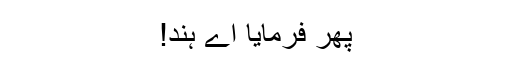
پھر فرمایا اے ہند!